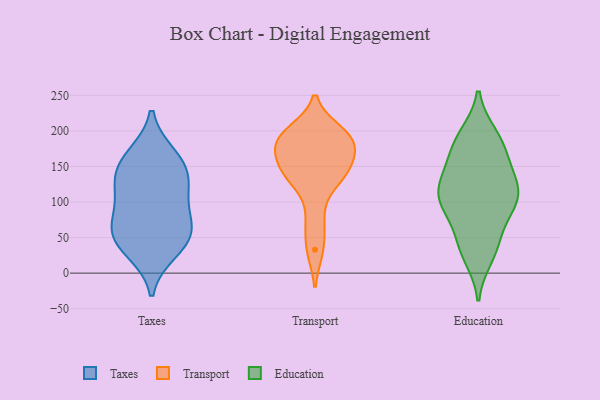
{"axis": {"x": "Website Visitors", "y": "Value"}, "legend": ["Education", "Taxes", "Transport"], "data": [{"x": "", "y": 59, "type": "Taxes"}, {"x": "", "y": 50, "type": "Taxes"}, {"x": "", "y": 110, "type": "Taxes"}, {"x": "", "y": 155, "type": "Taxes"}, {"x": "", "y": 123, "type": "Taxes"}, {"x": "", "y": 81, "type": "Taxes"}, {"x": "", "y": 141, "type": "Taxes"}, {"x": "", "y": 164, "type": "Taxes"}, {"x": "", "y": 32, "type": "Taxes"}, {"x": "", "y": 54, "type": "Taxes"}, {"x": "", "y": 181, "type": "Transport"}, {"x": "", "y": 189, "type": "Transport"}, {"x": "", "y": 145, "type": "Transport"}, {"x": "", "y": 133, "type": "Transport"}, {"x": "", "y": 75, "type": "Transport"}, {"x": "", "y": 33, "type": "Transport"}, {"x": "", "y": 153, "type": "Transport"}, {"x": "", "y": 178, "type": "Transport"}, {"x": "", "y": 135, "type": "Transport"}, {"x": "", "y": 198, "type": "Transport"}, {"x": "", "y": 191, "type": "Transport"}, {"x": "", "y": 109, "type": "Education"}, {"x": "", "y": 166, "type": "Education"}, {"x": "", "y": 31, "type": "Education"}, {"x": "", "y": 193, "type": "Education"}, {"x": "", "y": 111, "type": "Education"}, {"x": "", "y": 94, "type": "Education"}, {"x": "", "y": 108, "type": "Education"}, {"x": "", "y": 121, "type": "Education"}, {"x": "", "y": 186, "type": "Education"}, {"x": "", "y": 126, "type": "Education"}, {"x": "", "y": 140, "type": "Education"}, {"x": "", "y": 103, "type": "Education"}, {"x": "", "y": 78, "type": "Education"}, {"x": "", "y": 47, "type": "Education"}, {"x": "", "y": 170, "type": "Education"}, {"x": "", "y": 42, "type": "Education"}, {"x": "", "y": 96, "type": "Education"}, {"x": "", "y": 23, "type": "Education"}, {"x": "", "y": 194, "type": "Education"}, {"x": "", "y": 149, "type": "Education"}]}